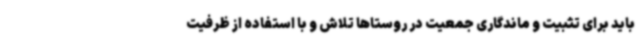
باید برای تثبیت و ماندگاری جمعیت در روستاها تلاش و با استفاده از ظرفیت